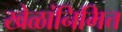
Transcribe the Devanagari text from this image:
खेळांनिमित्त